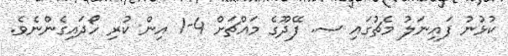
ކުޅުނު ފައިނަލު މެޗުގައި ސ. ފޭދޫގެ މައްޗަށް 4-1 އިން ކުރި ހޯދައިގެންނެވެ.